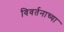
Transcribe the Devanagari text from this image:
विवर्तनाच्या